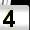
Digit: 4